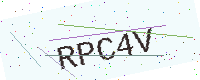
Text: RPC4V